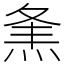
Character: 㶻